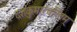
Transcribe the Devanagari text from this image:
दशकुमारचरितम्